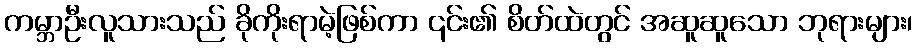
ကမ္ဘာဦးလူသားသည် ခိုကိုးရာမဲ့ဖြစ်ကာ ၎င်း၏ စိတ်ထဲတွင် အဆူဆူသော ဘုရားများ၊